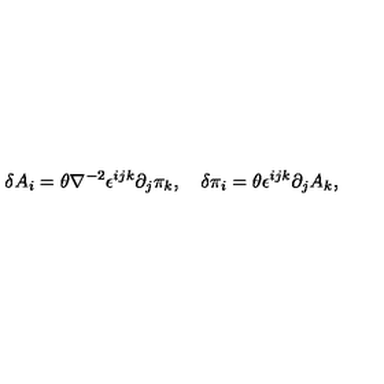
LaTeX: \delta A _ { i } = \theta \nabla ^ { - 2 } \epsilon ^ { i j k } \partial _ { j } \pi _ { k } , \quad \delta \pi _ { i } = \theta \epsilon ^ { i j k } \partial _ { j } A _ { k } ,